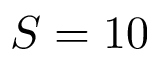
S = 1 0